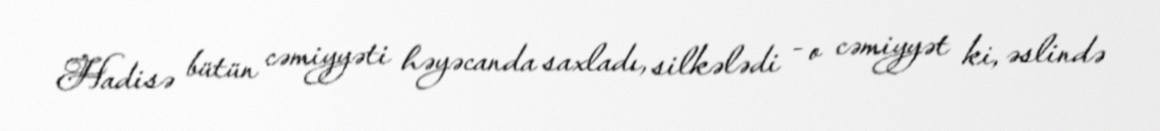
Hadisə bütün cəmiyyəti həyəcanda saxladı, silkələdi - o cəmiyyət ki, əslində